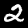
Digit: 2